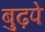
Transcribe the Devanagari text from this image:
बुढ़पे